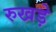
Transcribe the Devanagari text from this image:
रुखड़े